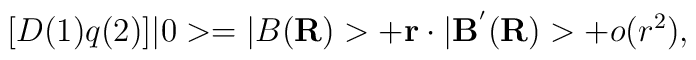
[D(1)q(2)]|0> = |B({\bf R})> + {\bf r} \cdot |{\bf B}^{'}({\bf R})> +                      o(r^{2}) ,